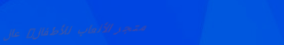
متجر الألعاب للأطفال: عال